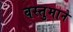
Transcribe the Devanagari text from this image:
वस्तुमाने